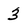
Character: 3